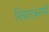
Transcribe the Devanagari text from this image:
निंबाळकरांनी